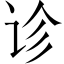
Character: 诊